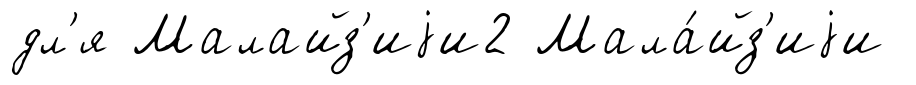
дл'я Малайз'иjи2 Мала́йз'иjи